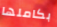
بكاملها